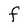
Character: F